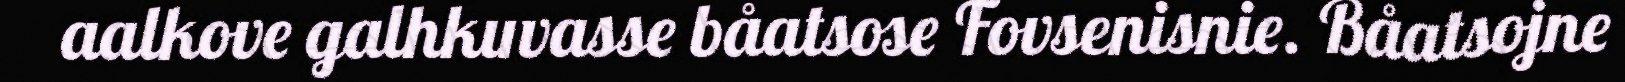
aalkove galhkuvasse båatsose Fovsenisnie. Båatsojne